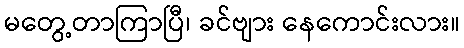
မတွေ့တာကြာပြီ၊ ခင်ဗျား နေကောင်းလား။